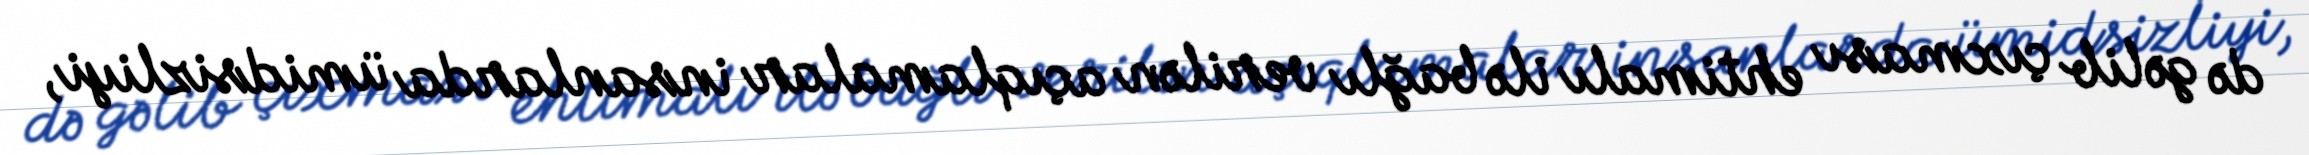
də gəlib çıxması ehtimalı ilə bağlı verilən açıqlamalar insanlarda ümidsizliyi,